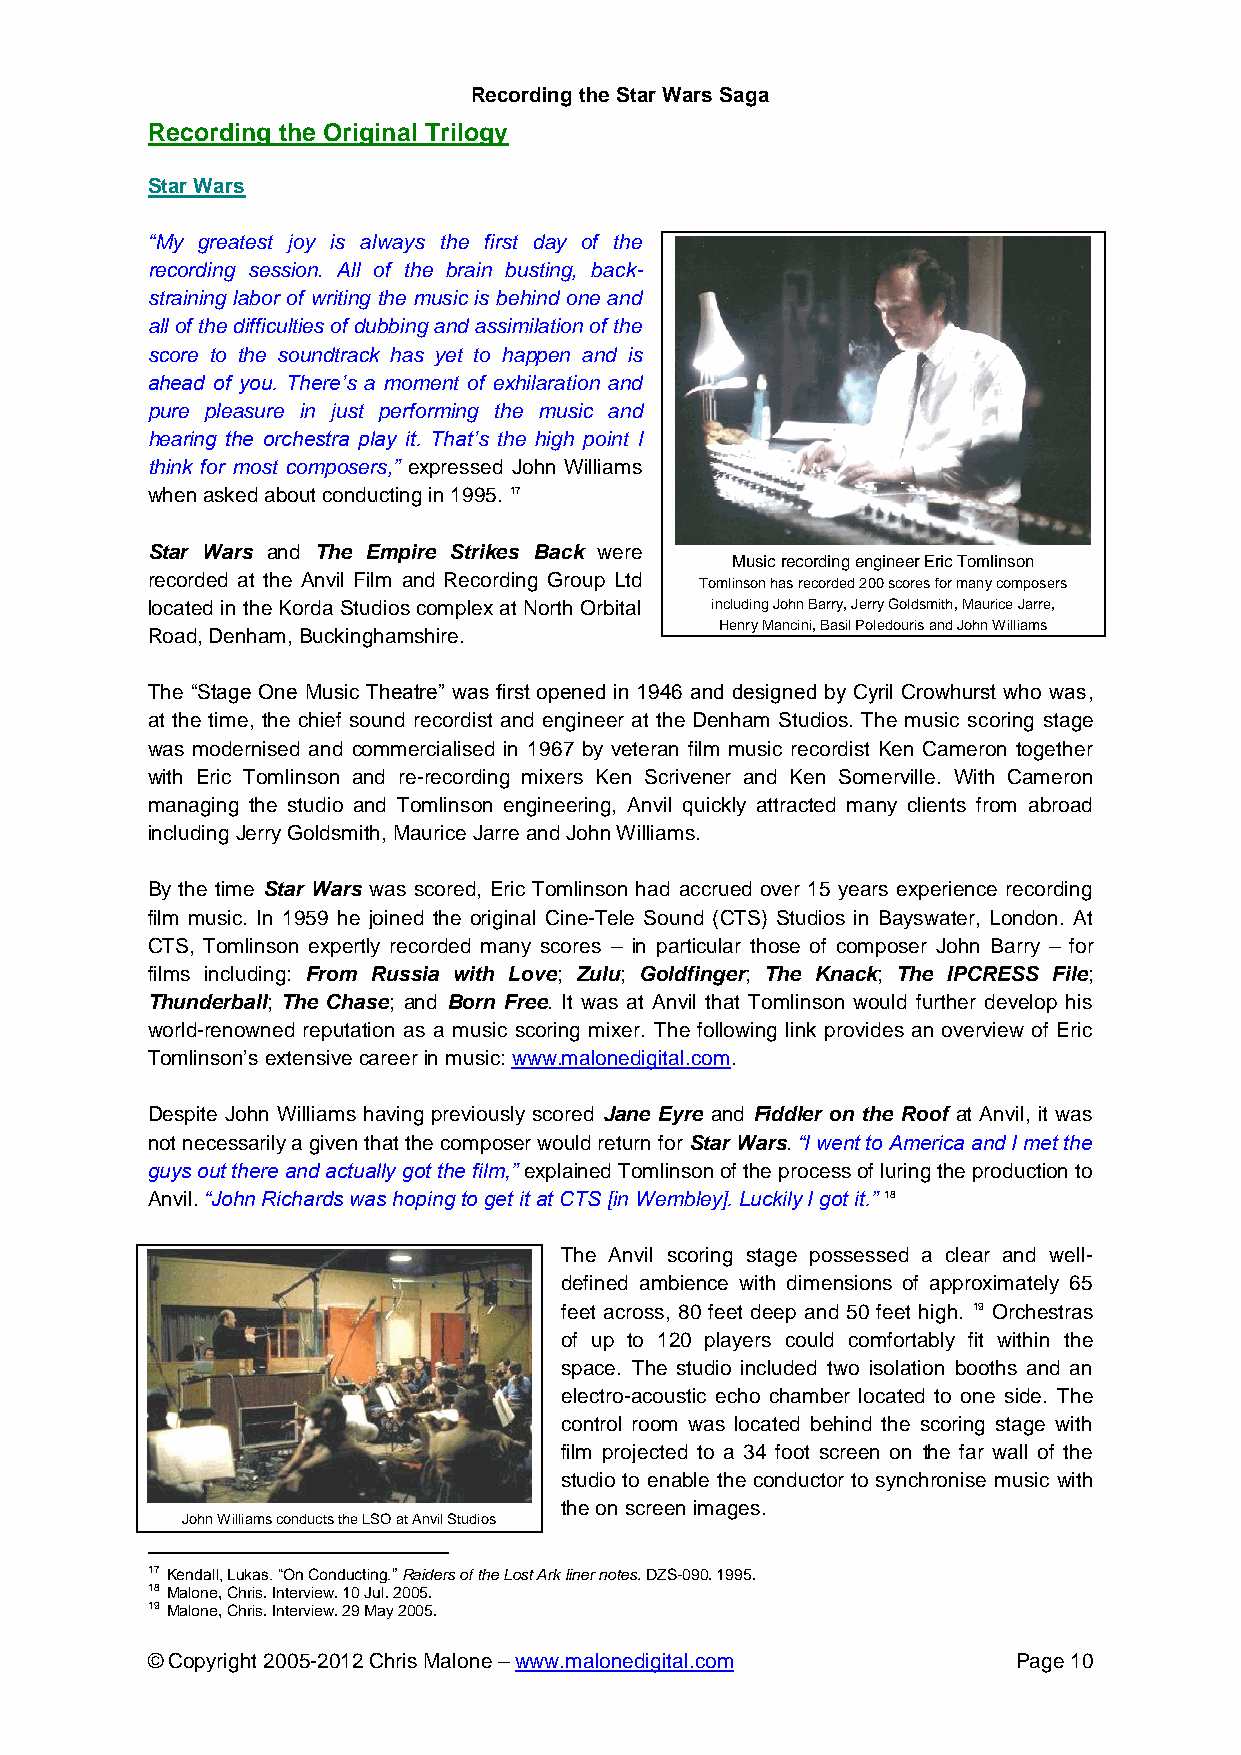
Recording the Star Wars Saga
 Recording the Original Trilogy
 Star Wars
 “My greatest joy is always the first day of the
 recording session. All of the brain busting, back-
 straining labor of writing the music is behind one and
 all of the difficulties of dubbing and assimilation of the
 score to the soundtrack has yet to happen and is
 ahead of you. There’s a moment of exhilaration and
 pure pleasure in just performing the music and
 hearing the orchestra play it. That’s the high point I
 think for most composers,” expressed John Williams
 when asked about conducting in 1995. 17
 Star Wars and The Empire Strikes Back were
 Music recording engineer Eric Tomlinson
 recorded at the Anvil Film and Recording Group Ltd Tomlinson has recorded 200 scores for many composers
 located in the Korda Studios complex at North Orbital including John Barry, Jerry Goldsmith, Maurice Jarre,
 Henry Mancini, Basil Poledouris and John Williams
 Road, Denham, Buckinghamshire.
 The “Stage One Music Theatre” was first opened in 1946 and designed by Cyril Crowhurst who was,
 at the time, the chief sound recordist and engineer at the Denham Studios. The music scoring stage
 was modernised and commercialised in 1967 by veteran film music recordist Ken Cameron together
 with Eric Tomlinson and re-recording mixers Ken Scrivener and Ken Somerville. With Cameron
 managing the studio and Tomlinson engineering, Anvil quickly attracted many clients from abroad
 including Jerry Goldsmith, Maurice Jarre and John Williams.
 By the time Star Wars was scored, Eric Tomlinson had accrued over 15 years experience recording
 film music. In 1959 he joined the original Cine-Tele Sound (CTS) Studios in Bayswater, London. At
 CTS, Tomlinson expertly recorded many scores – in particular those of composer John Barry – for
 films including: From Russia with Love; Zulu; Goldfinger; The Knack; The IPCRESS File;
 Thunderball; The Chase; and Born Free. It was at Anvil that Tomlinson would further develop his
 world-renowned reputation as a music scoring mixer. The following link provides an overview of Eric
 Tomlinson’s extensive career in music: www.malonedigital.com.
 Despite John Williams having previously scored Jane Eyre and Fiddler on the Roof at Anvil, it was
 not necessarily a given that the composer would return for Star Wars. “I went to America and I met the
 guys out there and actually got the film,” explained Tomlinson of the process of luring the production to
 Anvil. “John Richards was hoping to get it at CTS [in Wembley]. Luckily I got it.” 18
 The Anvil scoring stage possessed a clear and well-
 defined ambience with dimensions of approximately 65
 feet across, 80 feet deep and 50 feet high. 19 Orchestras
 of up to 120 players could comfortably fit within the
 space. The studio included two isolation booths and an
 electro-acoustic echo chamber located to one side. The
 control room was located behind the scoring stage with
 film projected to a 34 foot screen on the far wall of the
 studio to enable the conductor to synchronise music with
 the on screen images.
 John Williams conducts the LSO at Anvil Studios
 17 Kendall, Lukas. “On Conducting.” Raiders of the Lost Ark liner notes. DZS-090. 1995.
 18 Malone, Chris. Interview. 10 Jul. 2005.
 19 Malone, Chris. Interview. 29 May 2005.
 © Copyright 2005-2012 Chris Malone – www.malonedigital.com Page 10